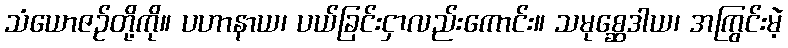
သံယောဇဉ်တို့ကို။ ပဟာနာယ၊ ပယ်ခြင်းငှာလည်းကောင်း။ သမုစ္ဆေဒါယ၊ အကြွင်းမဲ့